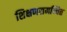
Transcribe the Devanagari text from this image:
शिक्षणसमन्वित